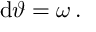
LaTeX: \mathrm { d } \vartheta = \omega \, .